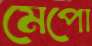
মেপো